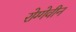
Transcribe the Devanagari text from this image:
रोग्गेवीन